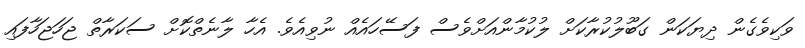
ވަކިވެގެން ދިޔަކަން ގަބޫލުކުރާކަށް ލުކުމާންއަށްވެސް ފަސޭހައެއް ނުވިއެވެ. އެހާ ލާނެތްކޮށް ސަކަރާތް ޖަހަޖަހާފައި